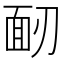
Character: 𩈄